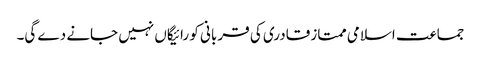
جماعت اسلامی ممتاز قادری کی قر بانی کو رائیگاں نہیں جانے دے گی۔